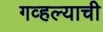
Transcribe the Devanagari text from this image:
गव्हल्याची